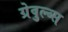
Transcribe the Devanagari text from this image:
ग्रेवुल्व्स